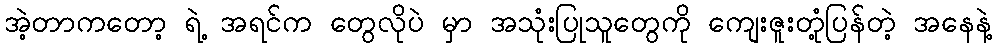
အဲ့တာကတော့ ရဲ့ အရင်က တွေလိုပဲ မှာ အသုံးပြုသူတွေကို ကျေးဇူးတုံ့ပြန်တဲ့ အနေနဲ့